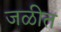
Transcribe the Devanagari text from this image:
जळीत